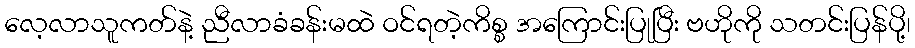
လေ့လာသူကတ်နဲ့ ညီလာခံခန်းမထဲ ဝင်ရတဲ့ကိစ္စ အကြောင်းပြုပြီး ဗဟိုကို သတင်းပြန်ပို့၊